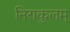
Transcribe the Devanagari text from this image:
निराकुलम्